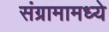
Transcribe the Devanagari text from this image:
संग्रामामध्‍ये